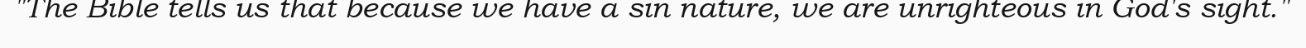
"The Bible tells us that because we have a sin nature, we are unrighteous in God's sight."